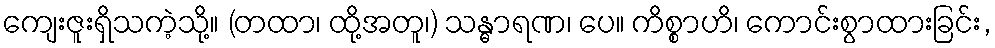
ကျေးဇူးရှိသကဲ့သို့။ (တထာ၊ ထို့အတူ၊) သန္ဓာရဏ၊ ပေ။ ကိစ္စာဟိ၊ ကောင်းစွာထားခြင်း,